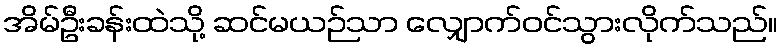
အိမ်ဦးခန်းထဲသို့ ဆင်မယဉ်သာ လျှောက်ဝင်သွားလိုက်သည်။